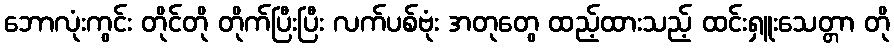
ဘောလုံးကွင်း တိုင်တို တိုက်ပြီးပြီး လက်ပစ်ဗုံး အတုတွေ ထည့်ထားသည့် ထင်းရှူးသေတ္တာ တို